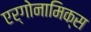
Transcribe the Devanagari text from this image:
एर्गोनामिक्स